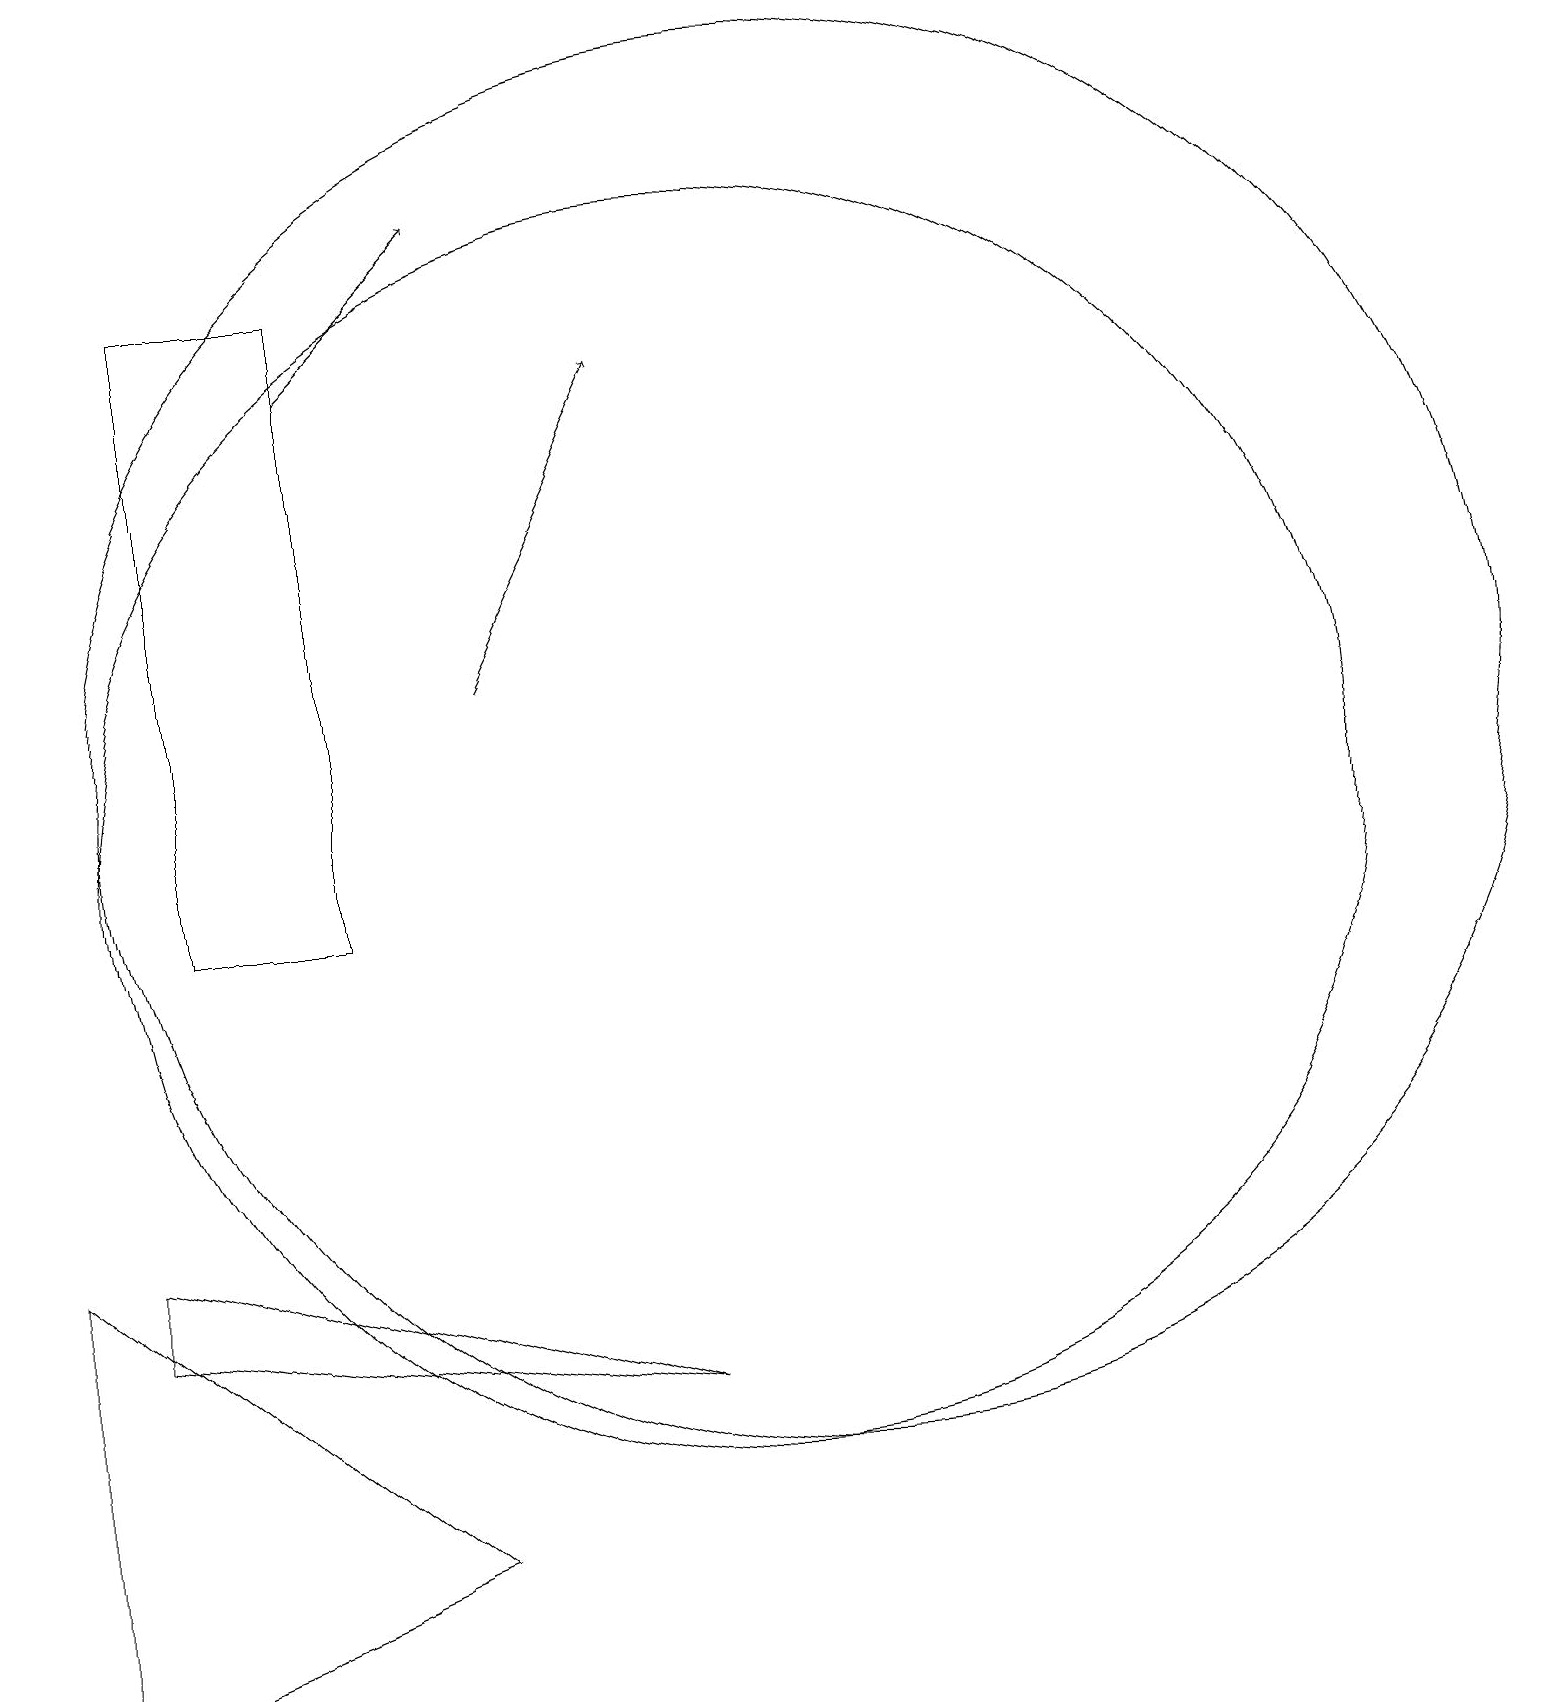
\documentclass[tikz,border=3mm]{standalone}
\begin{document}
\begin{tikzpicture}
\draw (1,6) -- (6,2) -- (1,0) -- cycle;
\draw (11,12) circle (9);
\draw[->] (7,13) -- (9,17);
\draw (3,18) rectangle (5,10);
\draw (2,5) -- (9,4) -- (2,6) -- cycle;
\draw (10,11) circle (8);
\draw[->] (5,17) -- (7,19);
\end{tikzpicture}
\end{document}